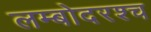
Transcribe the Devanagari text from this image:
लम्बोदरश्च